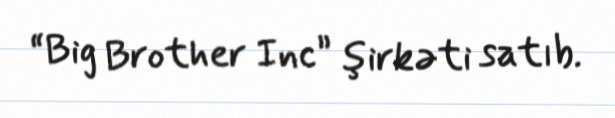
“Big Brother Inc” şirkəti satıb.